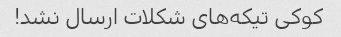
کوکی تیکه‌های شکلات ارسال نشد!